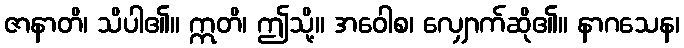
ဇာနာတိ၊ သိပါ၏။ ဣတိ၊ ဤသို့။ အဝေါစ၊ လျှောက်ဆို၏။ နာဂသေန၊